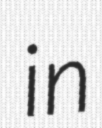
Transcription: in